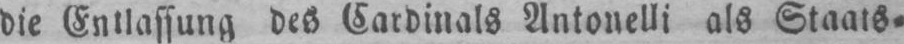
die Entlassung des Cardinals Antonelli als Staats⸗